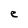
Character: e